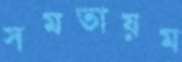
সমতায়ম